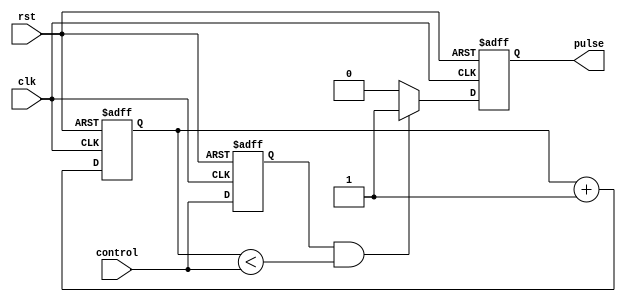
module Variable_Pulse_Width_Generator (
    input clk,
    input rst,
    input control,
    output reg pulse
);

reg [31:0] counter;
reg sync_signal;

always @(posedge clk or posedge rst) begin
    if (rst) begin
        counter <= 0;
        sync_signal <= 0;
    end else begin
        counter <= counter + 1;
        sync_signal <= control;
    end
end

always @(posedge clk or posedge rst) begin
    if (rst) begin
        pulse <= 0;
    end else begin
        if (sync_signal && (counter < control)) begin
            pulse <= 1;
        end else begin
            pulse <= 0;
        end
    end
end

endmodule